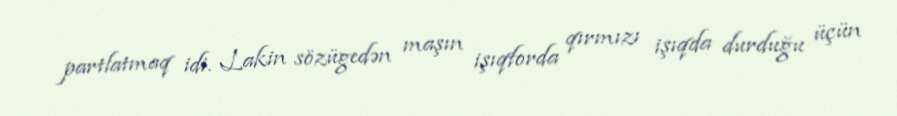
partlatmaq idi. Lakin sözügedən maşın işıqforda qırmızı işıqda durduğu üçün